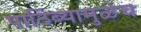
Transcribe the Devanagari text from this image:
पाठिंब्यामुळेच